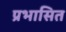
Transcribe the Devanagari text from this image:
प्रभासित